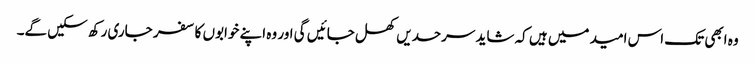
وہ ابھی تک اس امید میں ہیں کہ شاید سرحدیں کھل جائیں گی اور وہ اپنے خوابوں کا سفر جاری رکھ سکیں گے۔